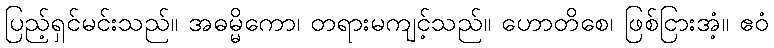
ပြည့်ရှင်မင်းသည်။ အဓမ္မိကော၊ တရားမကျင့်သည်။ ဟောတိစေ၊ ဖြစ်ငြားအံ့။ ဧဝံ